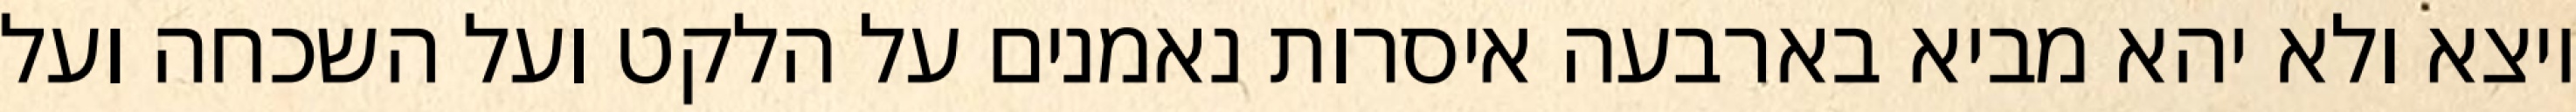
יוצא ולא יהא מביא בארבעה איסרות נאמנים על הלקט ועל השכחה ועל